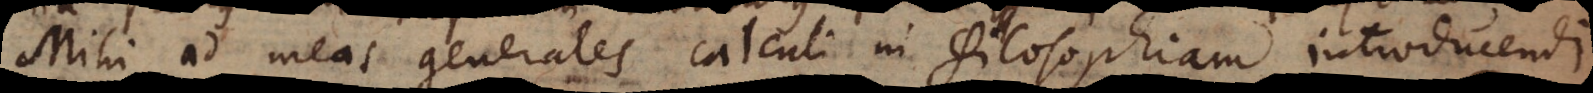
Mihi ad meas generales calculi in Philosophiam introducendi